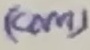
Text: (COM)